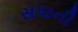
સપાની